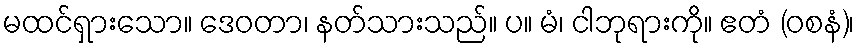
မထင်ရှားသော။ ဒေဝတာ၊ နတ်သားသည်။ ပ။ မံ၊ ငါဘုရားကို။ ဧတံ (ဝစနံ)၊